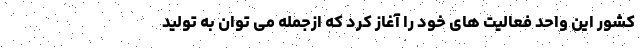
کشور این واحد فعالیت های خود را آغاز کرد که ازجمله می توان به تولید